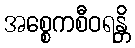
အစ္စေကစီဝရန္တိ